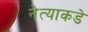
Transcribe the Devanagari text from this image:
नेत्याकडे